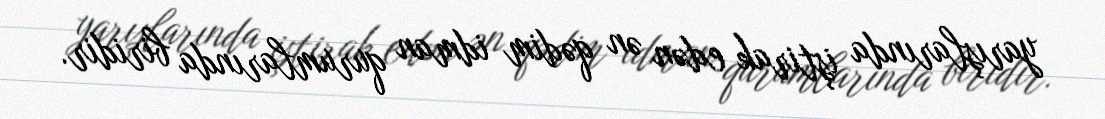
yarışlarında iştirak edən ən qədim idman qurumlarında biridir.